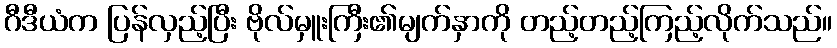
ဂီဒီယံက ပြန်လှည့်ပြီး ဗိုလ်မှူးကြီး၏မျက်နှာကို တည့်တည့်ကြည့်လိုက်သည်။